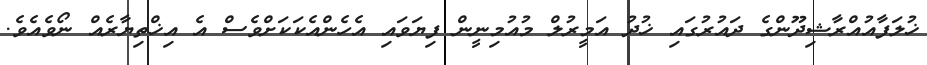
ޚުލަފާއުއްރާޝިދޫންގެ ދައުރުގައި ޚުދު އަމީރުލް މުއުމިނީން ފިޔަވައި އެހެންއެކަކަށްވެސް އެ އިޚްތިޔާރެއް ނޯވެއެވެ.